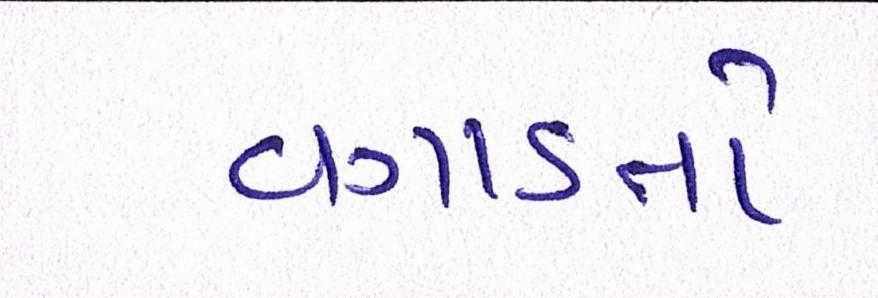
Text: વગાડતો